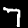
Label: 7